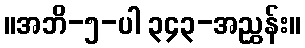
။အဘိ-၅-ပါ ၃၄၃-အညွှန်း။